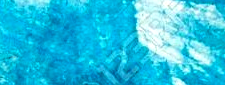
NO PARKING